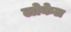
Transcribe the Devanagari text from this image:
लोकेल